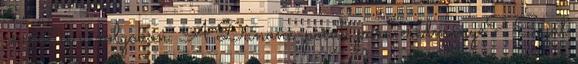
csapat is a dolgokon. A Danone-pocak para eredménye? Saját